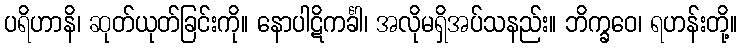
ပရိဟာနိ၊ ဆုတ်ယုတ်ခြင်းကို။ နောပါဋိကင်္ခါ၊ အလိုမရှိအပ်သနည်း။ ဘိက္ခဝေ၊ ရဟန်းတို့။